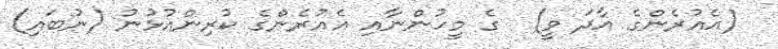
(އެއުރެންގެ އާދަ ވީ)  ގެ މީހުންނާއި އެއުރެންގެ ކުރިންއުޅުނު (ނުބައި)